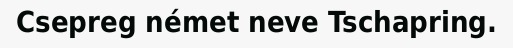
Csepreg német neve Tschapring.